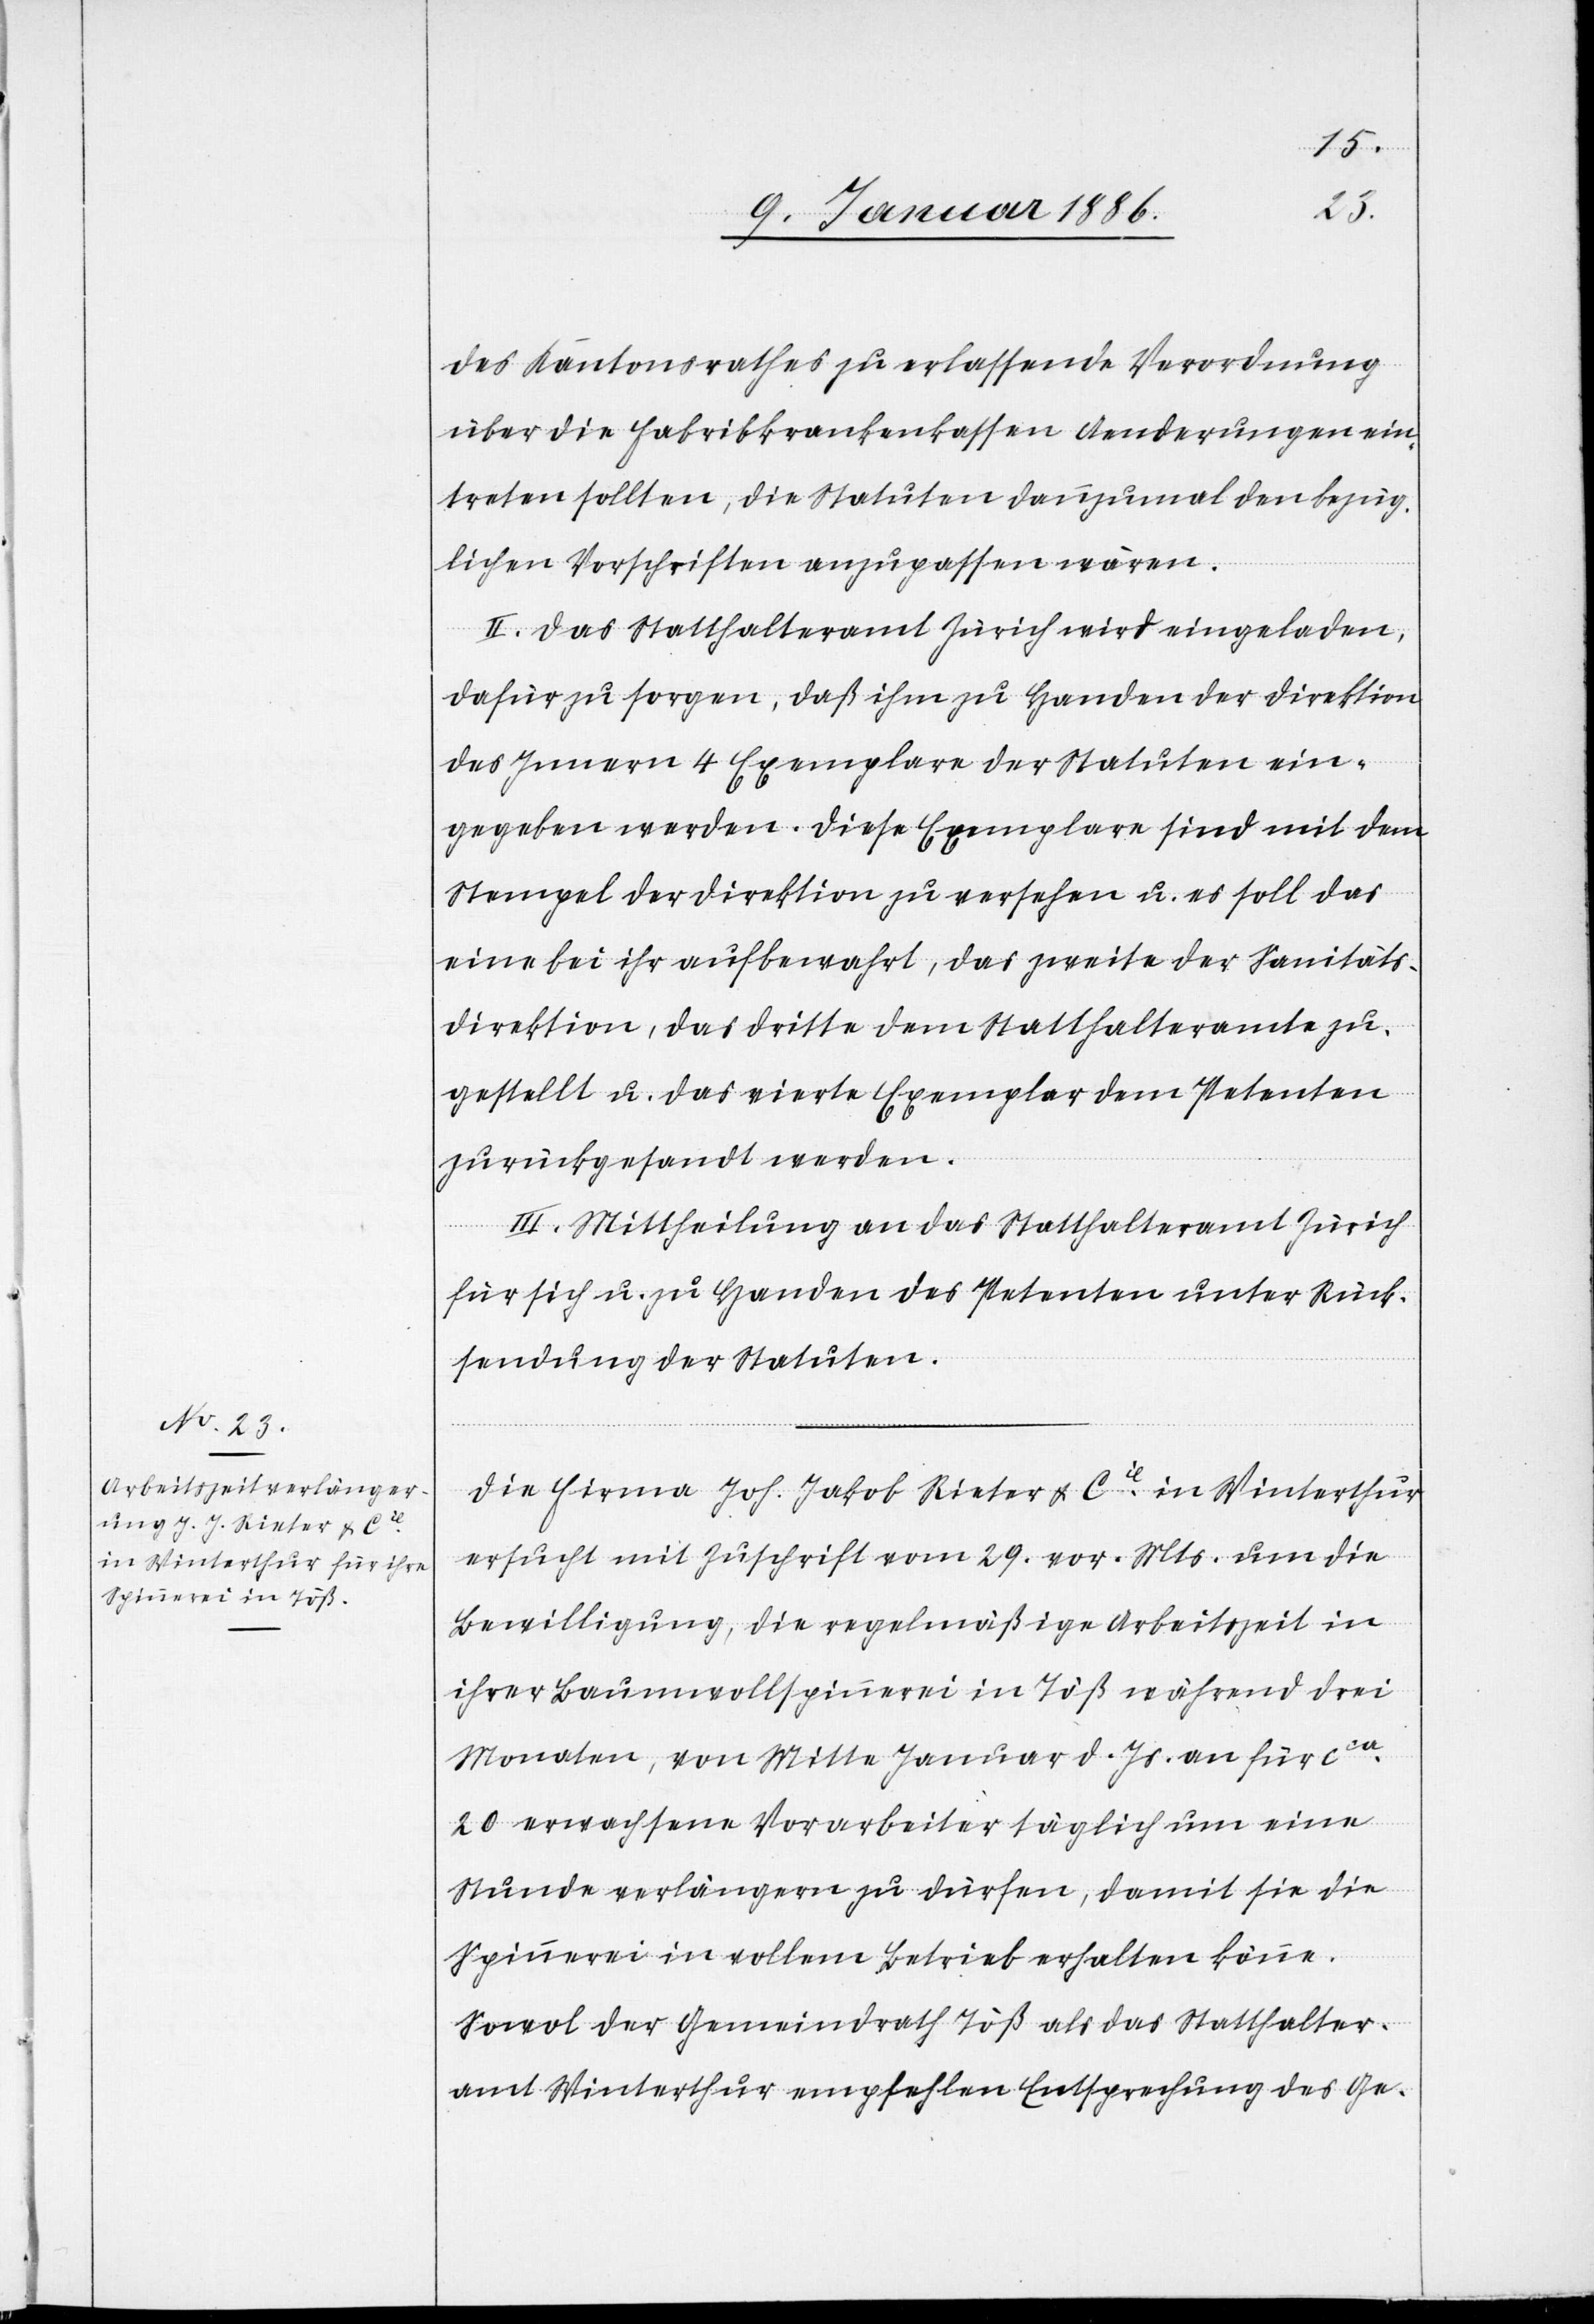
des Kantonsrathes zu erlassende Verordnung
über die Fabrikkrankenkassen Aenderungen ein¬
treten sollten, die Statuten dannzumal den bezüg¬
lichen Vorschriften anzupassen wären.
II. Das Statthalteramt Zürich wird eingeladen,
dafür zu sorgen, daß ihm zu Handen der Direktion
des Innern 4 Exemplare der Statuten ein¬
gegeben werden. Diese Exemplare sind mit dem
Stempel der Direktion zu versehen u. es soll das
eine bei ihr aufbewahrt, das zweite der Sanitäts¬
direktion, das dritte dem Statthalteramte zu¬
gestellt u. das vierte Exemplar dem Petenten
zurückgesandt werden.
III. Mittheilung an das Statthalteramt Zürich
für sich u. zu Handen des Petenten unter Rück¬
sendung der Statuten.
Die Firma Joh. Jakob Rieter & Cie in Winterthur
ersucht mit Zuschrift vom 29. vor. Mts. um die
Bewilligung, die regelmäßige Arbeitszeit in
ihrer Baumwollspinnerei in Töß während drei
Monaten, von Mitte Januar d. Js. an für cca
20 erwachsene Vorarbeiter täglich um eine
Stunde verlängern zu dürfen, damit sie die
Spinnerei in vollem Betrieb erhalten könne.
Sowol der Gemeindrath Töß als das Statthalter¬
amt Winterthur empfehlen Entsprechung des Ge-